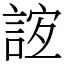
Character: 𧧼